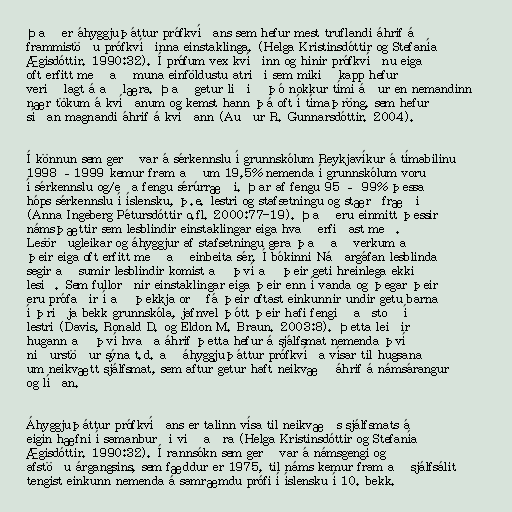
Það er áhyggjuþáttur prófkvíðans sem hefur mest truflandi áhrif á
frammistöðu prófkvíðinna einstaklinga. (Helga Kristinsdóttir og Stefanía
Ægisdóttir. 1990:32). Í prófum vex kvíðinn og hinir prófkvíðnu eiga
oft erfitt með að muna einföldustu atriði sem mikið kapp hefur
verið lagt á að læra. Það getur liðið þó nokkur tími áður en nemandinn
nær tökum á kvíðanum og kemst hann þá oft í tímaþröng, sem hefur
síðan magnandi áhrif á kvíðann (Auður R. Gunnarsdóttir. 2004).

Í könnun sem gerð var á sérkennslu í grunnskólum Reykjavíkur á tímabilinu
1998 –1999 kemur fram að um 19,5% nemenda í grunnskólum voru
í sérkennslu og/eða fengu sérúrræði. Þar af fengu 95 – 99% þessa
hóps sérkennslu í íslensku, þ.e. lestri og stafsetningu og stærðfræði
(Anna Ingeberg Pétursdóttir o.fl. 2000:77-19). Það eru einmitt þessir
námsþættir sem lesblindir einstaklingar eiga hvað erfiðast með.
Lesörðugleikar og áhyggjur af stafsetningu gera það að verkum að
þeir eiga oft erfitt með að einbeita sér. Í bókinni Náðargáfan lesblinda
segir að sumir lesblindir komist að því að þeir geti hreinlega ekki
lesið. Sem fullorðnir einstaklingar eiga þeir enn í vanda og þegar þeir
eru prófaðir í að þekkja orð fá þeir oftast einkunnir undir getu barna
í þriðja bekk grunnskóla, jafnvel þótt þeir hafi fengið aðstoð í
lestri (Davis, Ronald D. og Eldon M. Braun. 2003:8). Þetta leiðir
hugann að því hvaða áhrif þetta hefur á sjálfsmat nemenda því
niðurstöður sýna t.d. að áhyggjuþáttur prófkvíða vísar til hugsana
um neikvætt sjálfsmat, sem aftur getur haft neikvæð áhrif á námsárangur
og líðan.

Áhyggjuþáttur prófkvíðans er talinn vísa til neikvæðs sjálfsmats á
eigin hæfni í samanburði við aðra (Helga Kristinsdóttir og Stefanía
Ægisdóttir. 1990:32). Í rannsókn sem gerð var á námsgengi og
afstöðu árgangsins, sem fæddur er 1975, til náms kemur fram að sjálfsálit
tengist einkunn nemenda á samræmdu prófi í íslensku í 10. bekk.